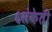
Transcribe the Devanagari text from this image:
६संकेती